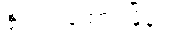
ဗိုလ်တထောင်မြို့နယ်